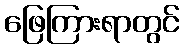
ဖြေကြားရာတွင်